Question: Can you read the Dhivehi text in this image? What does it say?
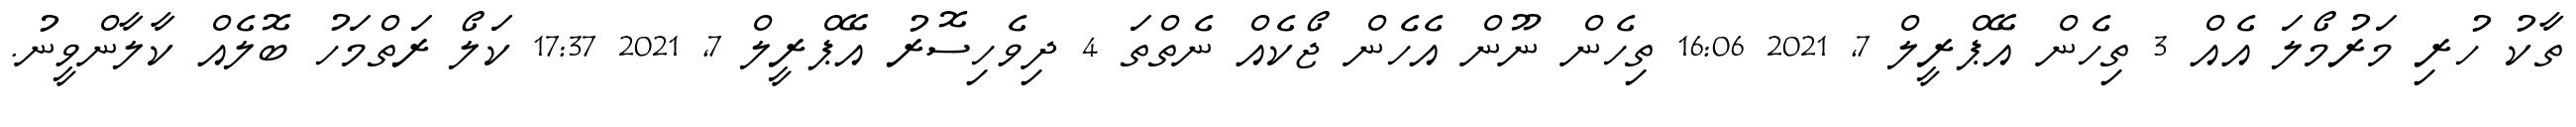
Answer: ތާކު ހުރި މަރުމޯލަ އެއް 3 ތިހެން އޭޕްރީލް 7, 2021 16:06 ތިހެން ނޫން އެހެން ޖޯކެއް ނެތްތަ 4 ދިވެހިސޮރު އޭޕްރީލް 7, 2021 17:37 ކަލޯ ރަތްމަހު ބޮލެއް ކާލާންވީނު.